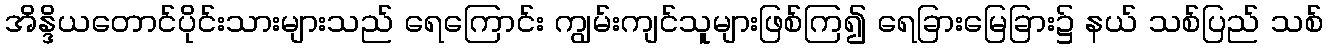
အိန္ဒိယတောင်ပိုင်းသားများသည် ရေကြောင်း ကျွမ်းကျင်သူများဖြစ်ကြ၍ ရေခြားမြေခြား၌ နယ် သစ်ပြည် သစ်